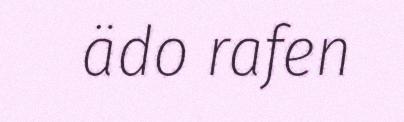
ädo rafen